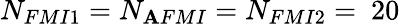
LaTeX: N_{FMI1}=N_{\mathbf{A}FMI}=N_{FMI2}=\ 20